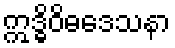
ဣဒ္ဓိဝိဓဒေသနာ